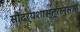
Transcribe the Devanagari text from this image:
सौंदर्यशास्त्रानुसार